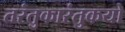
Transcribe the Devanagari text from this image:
तरंतुकारंतुकयो